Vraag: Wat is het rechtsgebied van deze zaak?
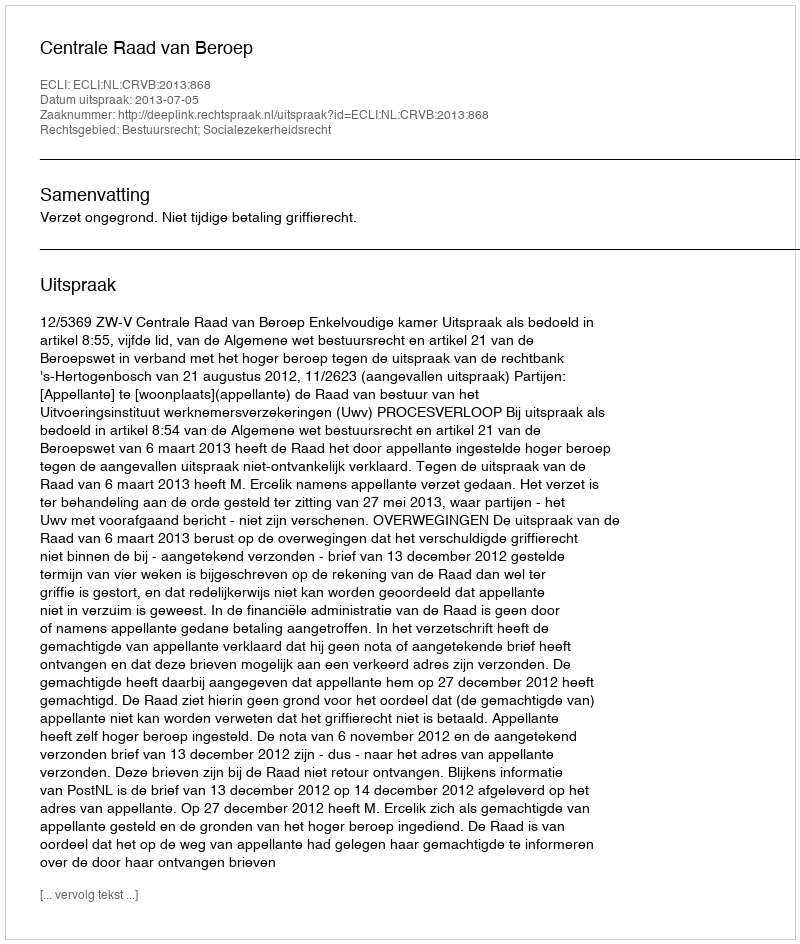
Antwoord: Bestuursrecht; Socialezekerheidsrecht